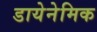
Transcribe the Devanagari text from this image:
डायेनेमिक